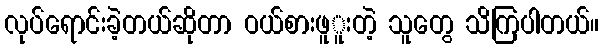
လုပ်ရောင်းခဲ့တယ်ဆိုတာ ဝယ်စားဖူူးတဲ့ သူတွေ သိကြပါတယ်။